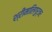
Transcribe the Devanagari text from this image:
श्रीमालिगुर्जर